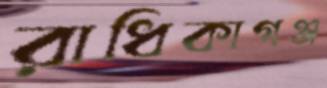
রাধিকাগঞ্জ